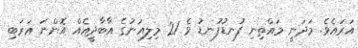
އަރައެވެ. މަދަނީ މައްތިނި ފުނޑުފުނޑު ވެ 21 މިލިއަނުގެ އާބާދީއެއް އޮންނަ ޢަރަބި